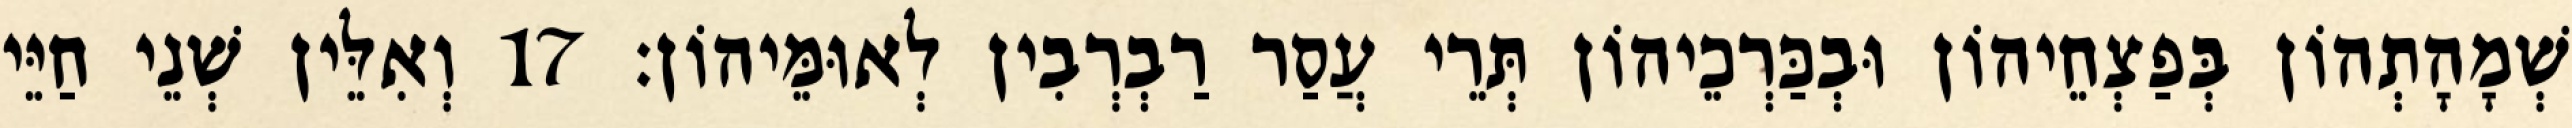
שְׁמָהָתְהוֹן בְּפַצְחֵיהוֹן וּבְכַּרְכֵיהוֹן תְּרֵי עֲסַר רַבְרְבִין לְאוּמֵּיהוֹן׃ 17 וְאִלֵּין שְׁנֵי חַיֵּי